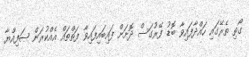
ގޯތި ތެރޭގައި ހައްދާފައިވާ ބޮޑު ފޭރުގަސް ދޮށަށް ފައިބައިފައިވާ ފަތްތައް އެއްކުރަން ޞަފިއްޔާ